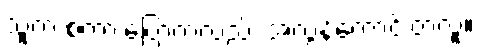
သူက စကားပြောကလည်း အလွန်ကောင်းတဲ့လူ။